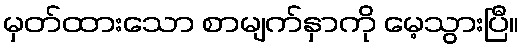
မှတ်ထားသော စာမျက်နှာကို မေ့သွားပြီ။